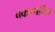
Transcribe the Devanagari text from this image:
बकाणनिंब